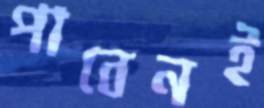
পাবেনই